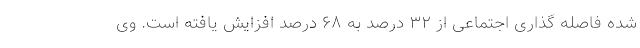
شده فاصله گذاری اجتماعی از ۳۲ درصد به ۶۸ درصد افزایش یافته است. وی